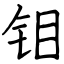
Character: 钼